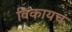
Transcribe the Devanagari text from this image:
विकायचं